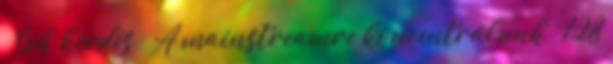
– Sok kérdés ● A mainstreamre koncentrálunk ≤ 128